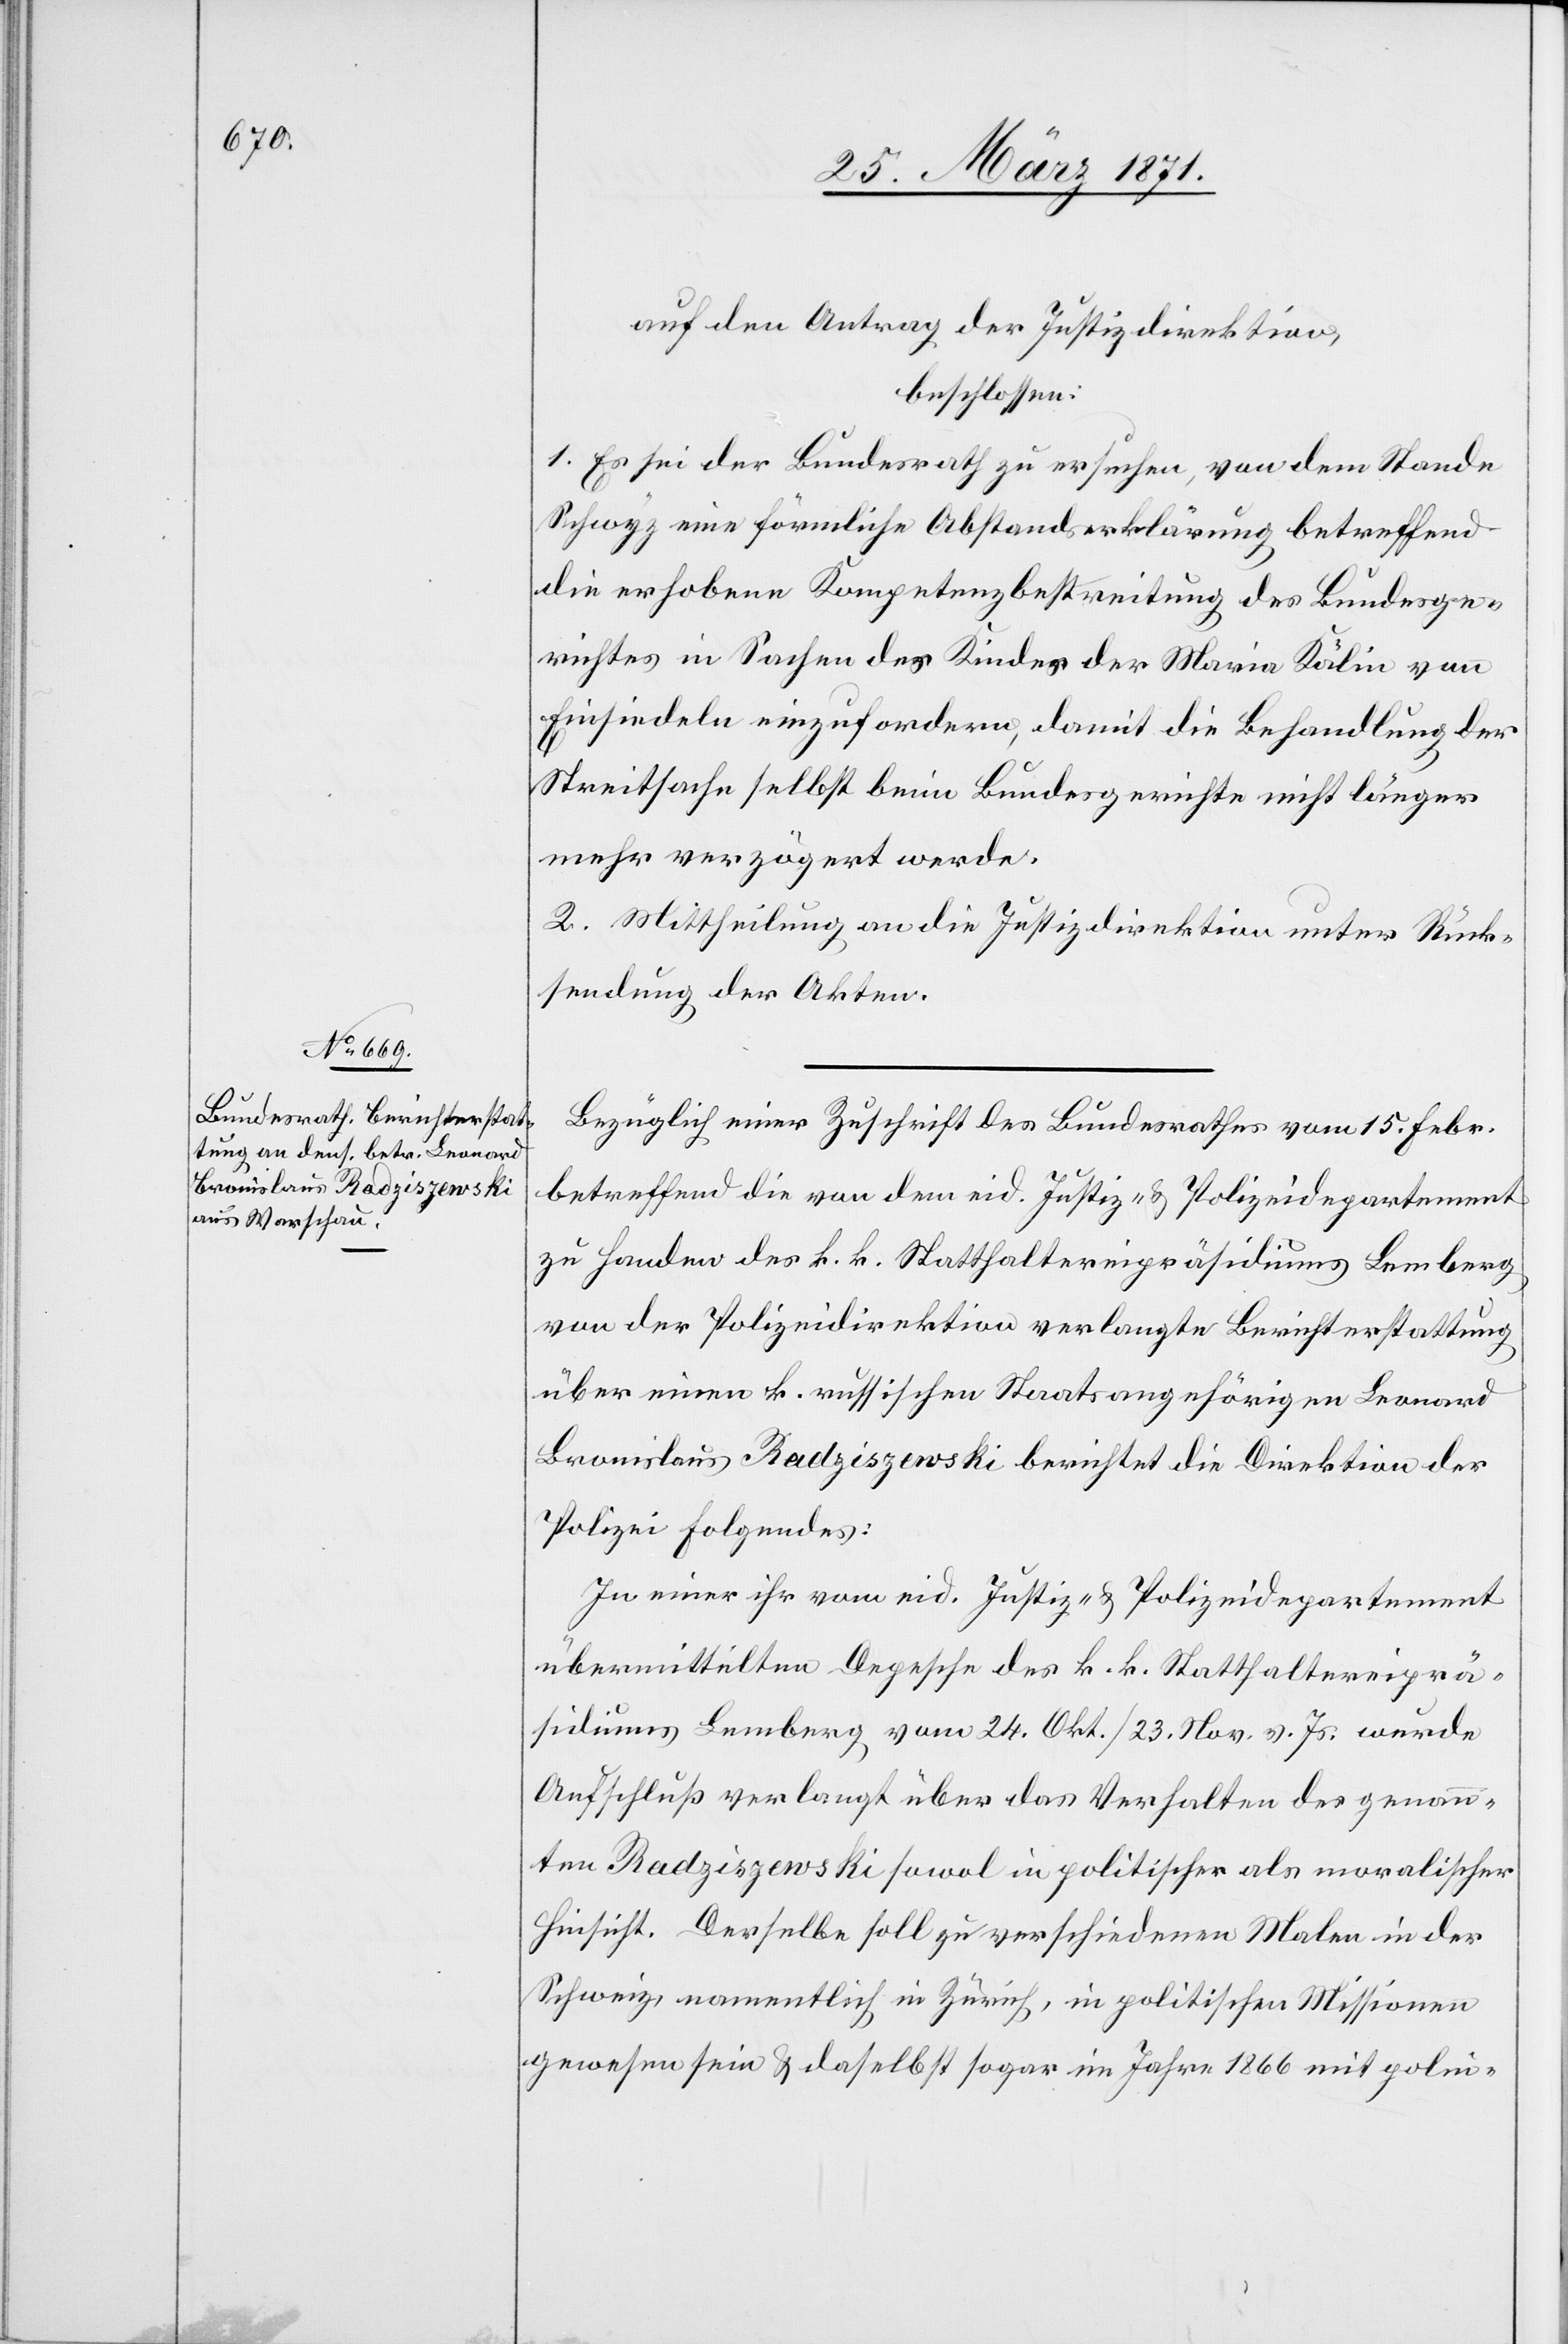
auf den Antrag der Justizdirektion,
beschlossen:
1. Es sei der Bundesrath zu ersuchen, von dem Stande
Schwyz eine förmliche Abstandserklärung betreffend
die erhobene Kompetenzbestreitung des Bundesge¬
richtes in Sachen des Kindes der Maria Kälin von
Einsiedeln einzufordern, damit die Behandlung der
Streitsache selbst beim Bundesgerichte nicht länger
mehr verzögert werde.
2. Mittheilung an die Justizdirektion unter Rück¬
sendung der Akten.
Bezüglich einer Zuschrift des Bundesrathes vom 15. Febr.
betreffend die von dem eid. Justiz- u. Polizeidepartement
zu Handen des k. k. Statthaltereipräsidiums Lemberg
von der Polizeidirektion verlangte Berichterstattung
über einen k. russischen Staatsangehörigen Leonard
Bronislaus Radziszewski berichtet die Direktion der
Polizei Folgendes:
In einer ihr vom eid. Justiz- u. Polizeidepartement
übermittelten Depesche des k. k. Statthaltereiprä¬
sidiums Lemberg, vom 24. Okt. / 23. Nov. v. Js. wurde
Aufschluß verlangt über das Verhalten des genann¬
ten Radziszewski sowol in politischer als moralischer
Hinsicht. Derselbe soll zu verschiedenen Malen in der
Schweiz, namentlich in Zürich, in politischen Missionen
gewesen sein u. daselbst sogar im Jahr 1866 mit polni-